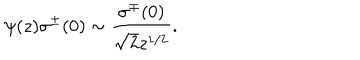
\psi ( z ) \sigma ^ { \pm } ( 0 ) \sim \frac { \sigma ^ { \mp } ( 0 ) } { \sqrt { 2 } z ^ { 1 / 2 } } .